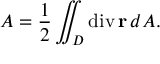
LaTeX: A = { \frac { 1 } { 2 } } \iint _ { D } \operatorname { d i v } \mathbf { r } \, d A .